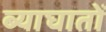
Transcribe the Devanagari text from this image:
ब्याघातों